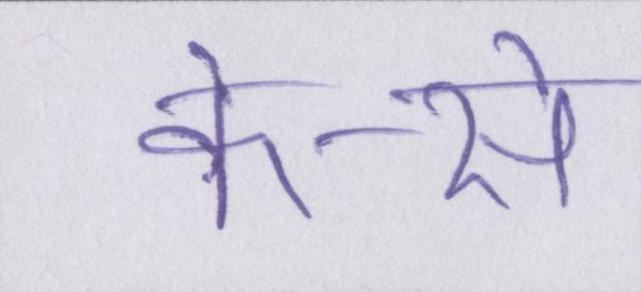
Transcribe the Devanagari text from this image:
के-से